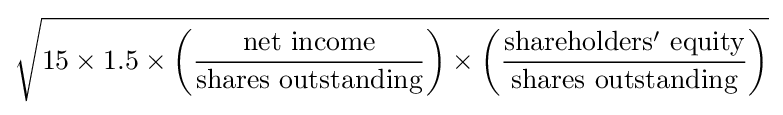
{\sqrt {15\times 1.5\times \left({\frac {\text{net  income}}{\text{shares  outstanding}}}\right)\times \left({\frac {\mathrm {shareholders'\ equity} }{\text{shares outstanding}}}\right)}}